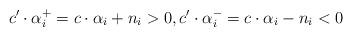
LaTeX: \begin{align*}c' \cdot \alpha_i^+ = c \cdot \alpha_i + n_i > 0,c' \cdot \alpha_i^- = c \cdot \alpha_i - n_i < 0\end{align*}